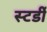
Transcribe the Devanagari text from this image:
स्टर्डी